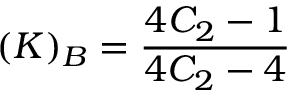
( K ) _ { B } = \frac { 4 C _ { 2 } - 1 } { 4 C _ { 2 } - 4 }